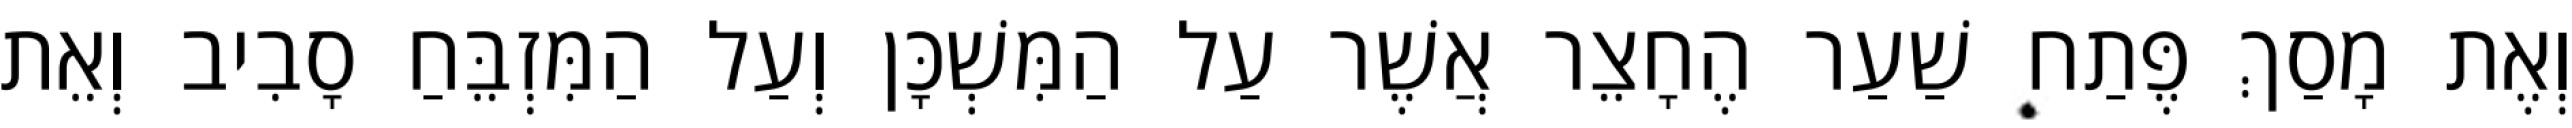
וְאֶת מָסַךְ פֶּתַח שַׁעַר הֶחָצֵר אֲשֶׁר עַל הַמִּשְׁכָּן וְעַל הַמִּזְבֵּחַ סָבִיב וְאֵת